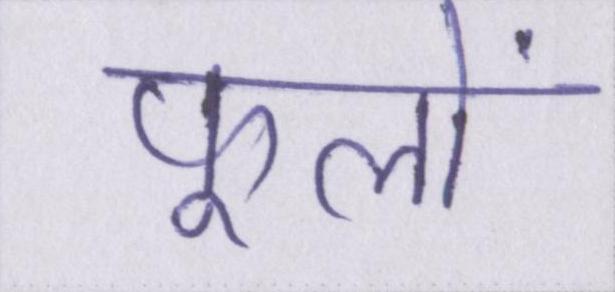
फूलों